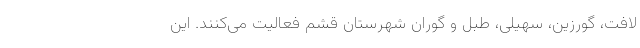
لافت، گورزین، سهیلی، طبل و گوران شهرستان قشم فعالیت می‌کنند. این